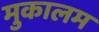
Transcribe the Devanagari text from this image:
मुकालम